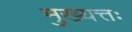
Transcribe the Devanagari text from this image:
मुख्यत्तः